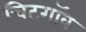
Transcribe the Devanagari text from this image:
चिटगॉव